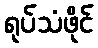
ရုပ်သံဖိုင်